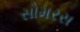
સોમરસ